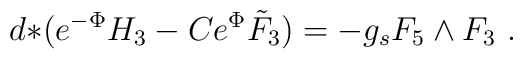
d{*}(e^{-\Phi} H_3 - C e^\Phi \tilde F_3) = -g_s F_5 \wedge F_3 \ .